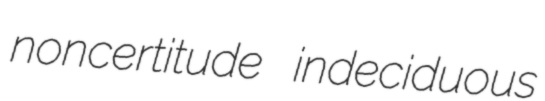
noncertitude indeciduous